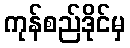
ကုန်စည်ဒိုင်မှ